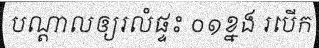
បណ្តាលឲ្យរលំផ្ទះ ០១ខ្នង របើក